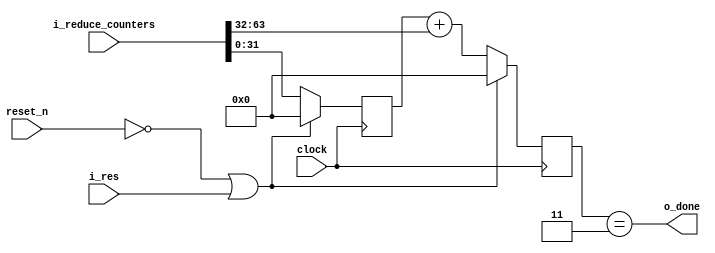
   `timescale 1ns / 1ps
 //////////////////////////////////////////////////////////////////////////////////
 // Company: 
 // 
 // Design Name: Ehsan Ghasemi
 // Module Name: Accumulator
 // Project Name: 
 // Target Devices: 
 // Tool Versions: 
 // Description: 
 // 
 // Dependencies: 
 // 
 // Revision:
 // Revision 0.01 - File Created
 // Additional Comments:
 // 
 // Assumptions:
 //  
 //   
 // Change log:
 //
 //////////////////////////////////////////////////////////////////////////////////
module accumulator #(
     parameter integer NUM_OF_REDUCERS = 2,
     parameter integer NUM_PTS = 3
   //  parameter integer SUM_WIDTH = 32

     )(
       clock,
       reset_n,

       i_reduce_counters,
       i_res, // reset
       o_done

       );


   localparam integer  SUM_WIDTH = 32;
   
   
   // INPUTS
   input 	       clock,reset_n;//,enable; // enable is when !fifo_full
   
   input [(NUM_OF_REDUCERS*SUM_WIDTH)-1:0] i_reduce_counters;
   input 			    i_res;
   output 			    o_done;
   
   reg [SUM_WIDTH-1:0] 			    sum [NUM_OF_REDUCERS-1:0];
   
   
   integer 					   i;

   /*
   function integer clogb2 (input integer bit_depth);
      begin
         for(clogb2=0; bit_depth>0; clogb2=clogb2+1)
           bit_depth = bit_depth >> 1;
      end
   endfunction // clogb2

   localparam addr_bits = clogb2(NUM_OF_REDUCERS-1);
   */

   initial
     begin
	for ( i = 0; i < NUM_OF_REDUCERS; i = i + 1)
	  sum[i] = 0;
     end
   
  
  always @ (posedge clock)
    begin

       for ( i = 0 ; i < NUM_OF_REDUCERS ; i = i + 1 )
	 begin
	    if (!reset_n || i_res)
	      sum[i] <= 0;
	    else
	      begin
		 if ( i == 0 )
		   sum[i] <=  i_reduce_counters[((i+1)*SUM_WIDTH)-1-:SUM_WIDTH];
		 else
		   sum[i] <= sum[i-1] + i_reduce_counters[((i+1)*SUM_WIDTH)-1-:SUM_WIDTH]; 
	      end
	end

   end
   
   assign o_done =    (sum[NUM_OF_REDUCERS-1] == NUM_PTS ) ; 
   

   
endmodule // acknowledgement